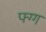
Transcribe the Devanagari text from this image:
फ्ग्ग